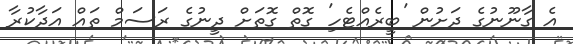
އެ ގާނޫނުގެ ދަށުން 'ބީރެއްޓެހި' ގޮތް ގޮތަށް ދީނުގެ ރަސަމް ތައް އަދާކުރާ